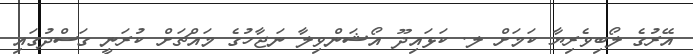
އޭރުގެ ލޯބިވެރިޔާ ކަމަށް ލ. ކަޅައިދޫ އޯޝަންވިލާ ނަޖާހުގެ މައްޗަށް ކުރަނީ ގަސްދުގައި